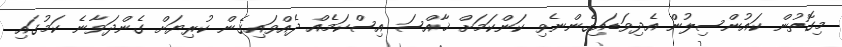
މިގޮތުން ކައުންސިލުން އެދިވަޑައިގެންނެވި ކަންކަމަށް ޚާއްސަ އިސްކަމެއް ދެއްވައިގެން ކުރިޔަށް ގެންދަވާނެ ކަމުގައި